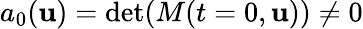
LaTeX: a_{0}({\mathbf{u}})=\operatorname*{det}(M(t=0,{\mathbf{u}}))\neq 0